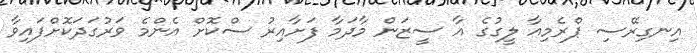
އިނގިރޭސި ޕްރެމިއާ ލީގުގެ އާ ސީޒަން މާދަމާ ފަށާއިރު ސްކޮށް އެންމެ ވަރުގަދަކޮށްފައިވާ